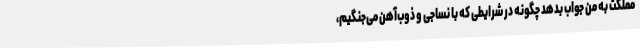
مملکت به من جواب بدهد چگونه در شرایطی که با نساجی و ذوب‌آهن می‌جنگیم،